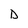
Character: D